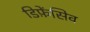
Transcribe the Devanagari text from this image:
डिफ़ेंसिव